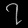
Digit: ၇